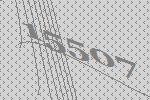
15507